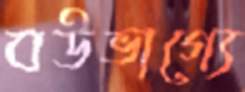
বউভাগ্যে